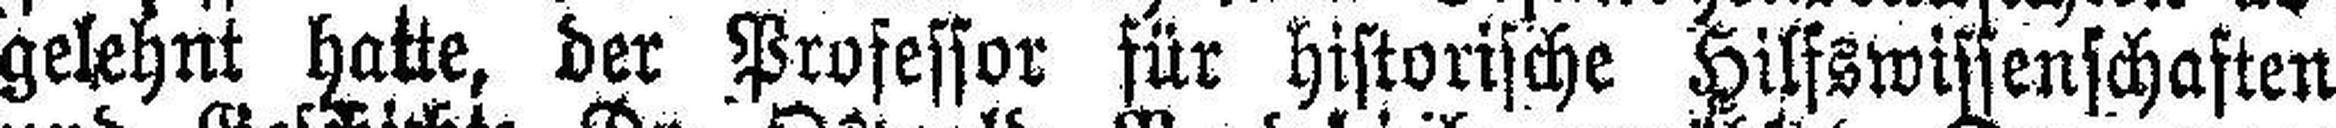
gelehnt hatte, der Professor für historische Hilfswissenschaften